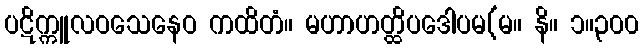
ပဋိက္ကူလဝသေနေဝ ကထိတံ။ မဟာဟတ္ထိပဒေါပမ(မ။ နိ။ ၁။၃၀၀